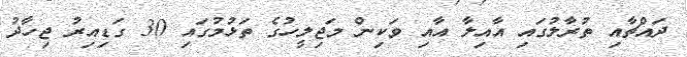
ދައްޗާއި ތުރާލުގައި އާއިލާ އާއި ވަކިން މަޖިލީހުގެ ތަޅުމުގައި 30 ގަޑިއިރު ޖިހާދު